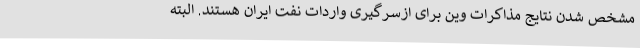
مشخص شدن نتایج مذاکرات وین برای ازسرگیری واردات نفت ایران هستند. البته